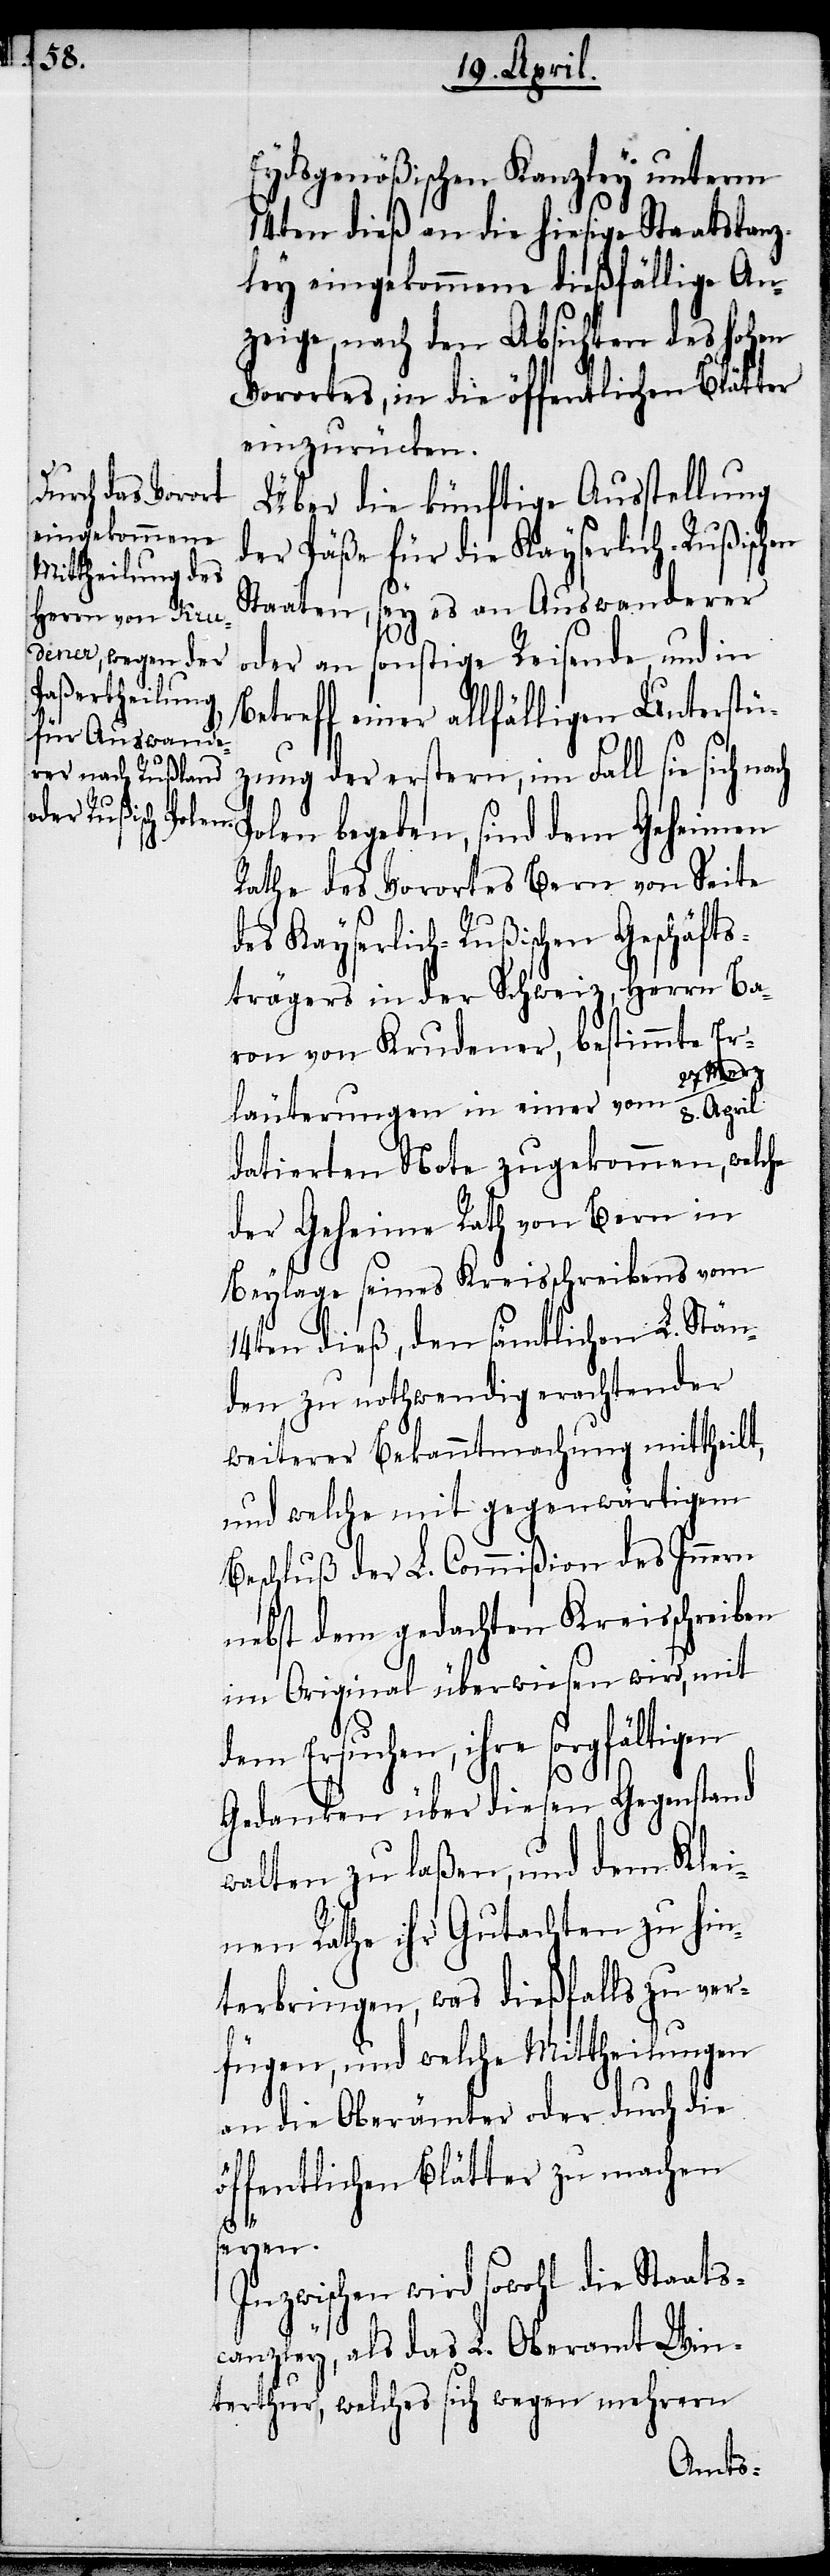
z/8. April
Eydsgenößischen Kanzley unterm
14ten dieß an die hiesige Staatskanz¬
ley eingekommene dießfällige An¬
zeige, nach den Absichten des hohen
Vorortes, in die öffentlichen Blätter
einzurücken.
Über die künftige Ausstellung
der Päße für die Kayserlich-Rußischen
Staaten, sey es an Auswanderer
oder an sonstige Reisende, und in
Betreff einer allfälligen Unterstü¬
zung der erstern, im Fall sie sich na¬
Polen begeben, sind dem Geheimen
Rathe des Vorortes Bern von Seite
des Kayserlich-Rußischen Geschäfts¬
trägers in der Schweiz, Herrn Ba¬
ron von Krudener, bestimmte Er¬
27. Mer¬
läuterungen in einer vom
datierten Note zugekommen, welche
der Geheime Rath von Bern in
Beylage seines Kreisschreibens vom
14ten dieß, den sämtlichen L. Stän¬
den zu nothwendig erachtender
weiterer Bekanntmachung mittheilt,
und welche mit gegenwärtigem
Beschluß der L. Commißion des Innern
nebst dem gedachten Kreisschreiben
im Original überwiesen wird, mit
dem Ersuchen, ihre sorgfältigen
ch
Gedanken über diesen Gegenstand
walten zu laßen, und dem Klei¬
nen Rathe ihr Gutachten zu hin¬
terbringen, was dießfalls zu ver¬
fügen, und welche Mittheilungen
an die Oberämter oder durch die
öffentlichen Blätter zu machen
seyen.
Inzwischen wird sowohl die Staats¬
canzley, als das L. Oberamt Win¬
terthur, welches sich wegen mehrern